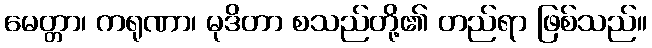
မေတ္တာ၊ ကရုဏာ၊ မုဒိတာ စသည်တို့၏ တည်ရာ ဖြစ်သည်။